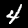
Digit: 4